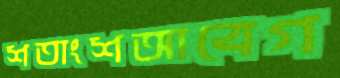
শতাংশআবেগ